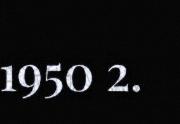
1950 2.